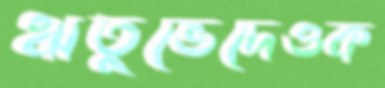
ঋতুভেদেওক